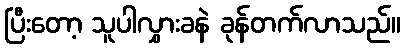
ပြီးတော့ သူပါလွှားခနဲ ခုန်တက်လာသည်။